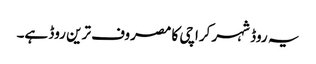
یہ روڈ شہر کراچی کا مصروف ترین روڈ ہے۔